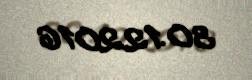
30.12.2016